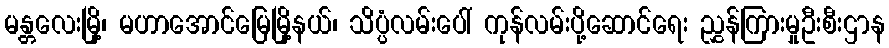
မန္တလေးမြို့၊ မဟာအောင်မြေမြို့နယ်၊ သိပ္ပံလမ်းပေါ် ကုန်လမ်းပို့ဆောင်ရေး ညွှန်ကြားမှုဦးစီးဌာန